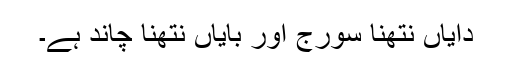
دایاں نتھنا سورج اور بایاں نتھنا چاند ہے۔